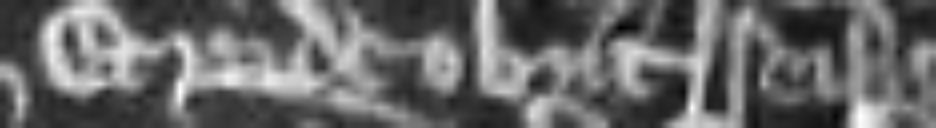
et inde obiit seisita